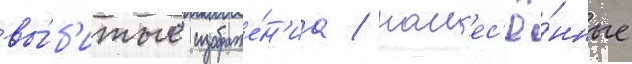
вы́б'итые изображе́н'иа / нан'ес'ё́нные